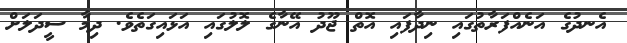
އެނދުގެ އަނެއްފަރާތުގައި ނިދާފައި އޮތް ޖޫދު އޭނާގެ ލޮލުގައި އަޅައިގަތެވެ. ދިމާ ސީދަލަށް